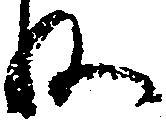
ね